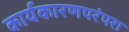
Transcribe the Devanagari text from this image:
कार्यकारणपरंपरा